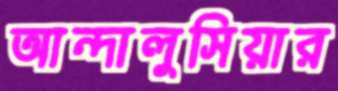
আন্দালুসিয়ার